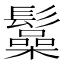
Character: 𩯟